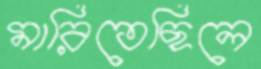
মারিতেছিলে